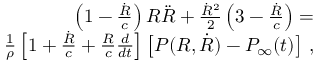
\begin{array} { r } { \left( 1 - \frac { \dot { R } } { c } \right) R \ddot { R } + \frac { \dot { R } ^ { 2 } } { 2 } \left( 3 - \frac { \dot { R } } { c } \right) = } \\ { \frac { 1 } { \rho } \left[ 1 + \frac { \dot { R } } { c } + \frac { R } { c } \frac { d } { d t } \right] \left[ P ( R , \dot { R } ) - P _ { \infty } ( t ) \right] \, , } \end{array}